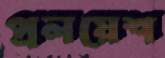
প্রলয়েশ